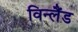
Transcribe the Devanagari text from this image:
विन्लैंड